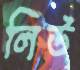
লিউ